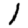
Digit: 1